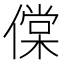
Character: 㒉